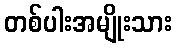
တစ်ပါးအမျိုးသား